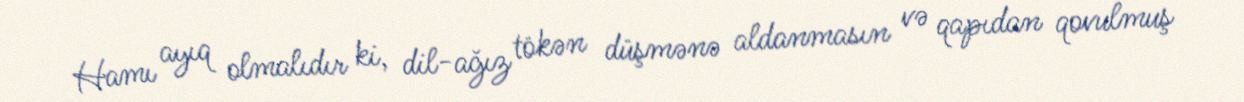
Hamı ayıq olmalıdır ki, dil-ağız tökən düşmənə aldanmasın və qapıdan qovulmuş